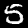
Digit: 5